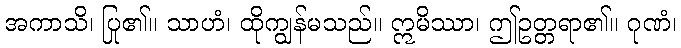
အကာသိ၊ ပြု၏။ သာဟံ၊ ထိုကျွန်မသည်။ ဣမိဿာ၊ ဤဥတ္တရာ၏။ ဂုဏံ၊